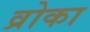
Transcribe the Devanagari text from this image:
व्रोका